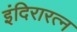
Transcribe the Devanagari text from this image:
इंदिरारत्‍न